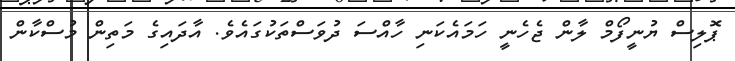
ޕޮލިސް ޔުނީފޯމް ލާން ޖެހެނީ ހަމައެކަނި ހާއްސަ ދުވަސްތަކުގައެވެ. އާދައިގެ މަތިން މުސްކާން